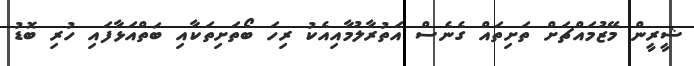
ޝީރީން މޭޒުމައްޗަށް ތަށިތައް ގެނެސް އަތުރާލުމާއިއެކު ރިހަ ބޯތަށިތަކާއި ބަތްއަޅާފައި ހުރި ބޮޑު